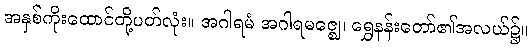
အနှစ်ကိုးထောင်တို့ပတ်လုံး။ အဂါရမံ အဂါရမဇ္ဈေ၊ ရွှေနန်းတော်၏အလယ်၌။